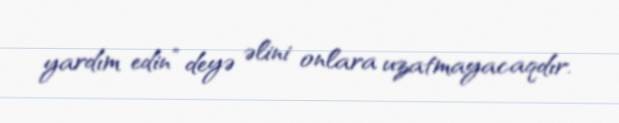
yardım edin” deyə əlini onlara uzatmayacaqdır.